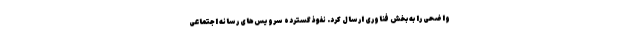
واضحی را به بخش فناوری ارسال کرد. نفوذ گسترده سرویس‌های رسانه اجتماعی